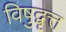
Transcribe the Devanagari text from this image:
विषुद्वृत्त